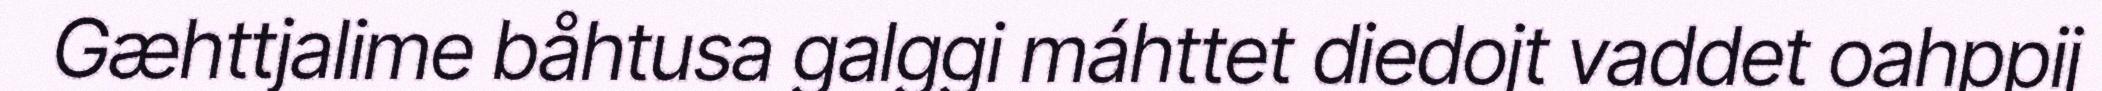
Gæhttjalime båhtusa galggi máhttet diedojt vaddet oahppij